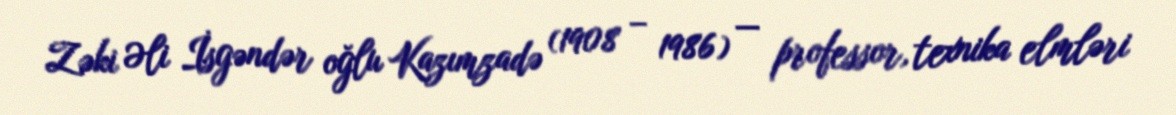
Zəki Əli İsgəndər oğlu Kazımzadə (1908 – 1986) — professor, texnika elmləri